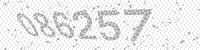
Solution: 086257